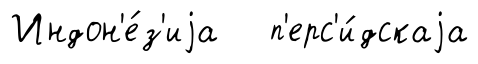
Индон'е́з'иjа п'ерс'и́дскаjа